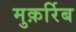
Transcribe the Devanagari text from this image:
मुक़र्रिब